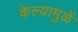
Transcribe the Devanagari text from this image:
केल्यामुळें